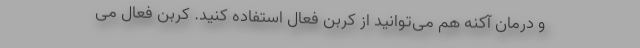
و درمان آکنه هم می‌توانید از کربن فعال استفاده کنید. کربن فعال می